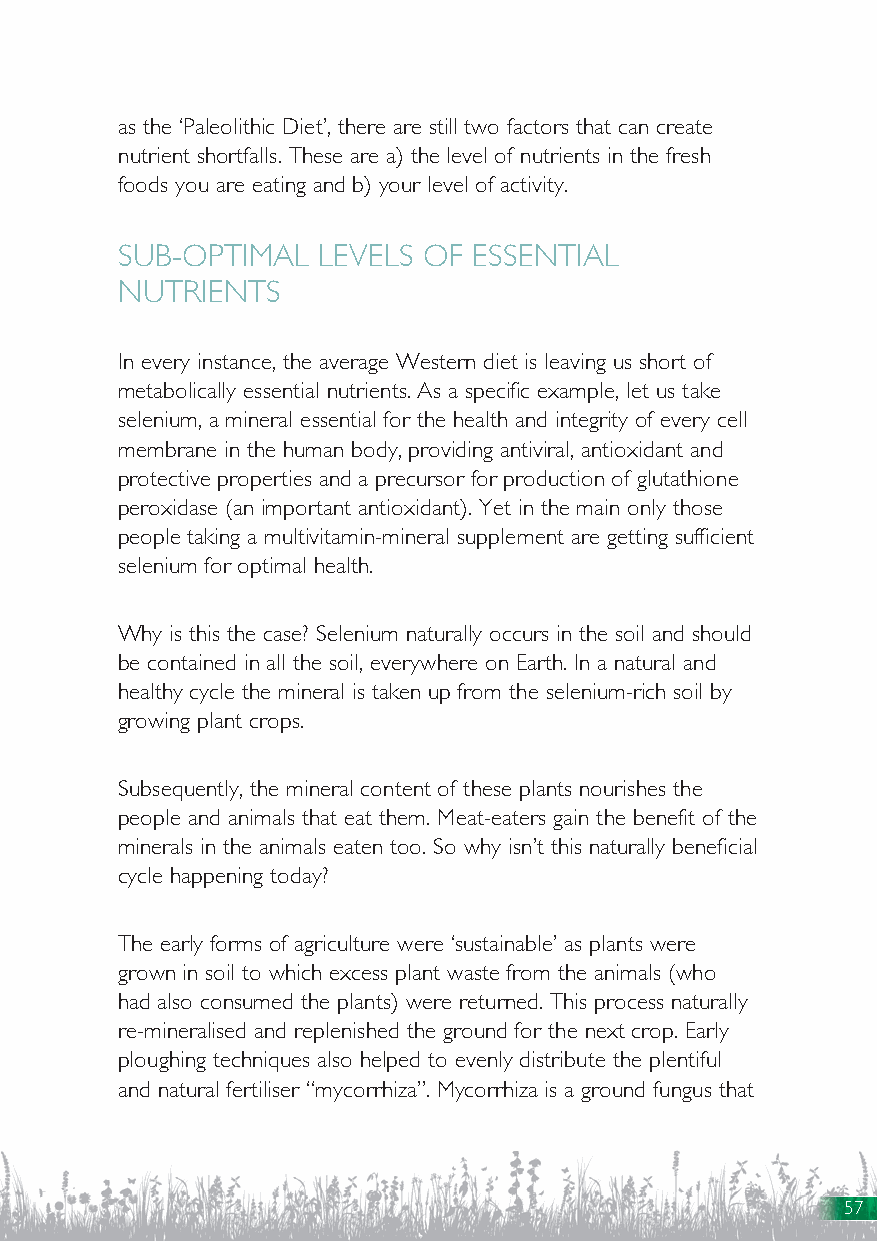
as the ‘Paleolithic Diet’, there are still two factors that can create
 nutrient shortfalls. These are a) the level of nutrients in the fresh
 foods you are eating and b) your level of activity.
 SUB-OPTIMAL  LEVELS OF ESSENTIAL
 NUTRIENTS
 In every instance, the average Western diet is leaving us short of
 metabolically essential nutrients. As a specific example, let us take
 selenium, a mineral essential for the health and integrity of every cell
 membrane in the human body, providing antiviral, antioxidant and
 protective properties and a precursor for production of glutathione
 peroxidase (an important antioxidant). Yet in the main only those
 people taking a multivitamin-mineral supplement are getting sufficient
 selenium for optimal health.
 Why is this the case? Selenium naturally occurs in the soil and should
 be contained in all the soil, everywhere on Earth. In a natural and
 healthy cycle the mineral is taken up from the selenium-rich soil by
 growing plant crops.
 Subsequently, the mineral content of these plants nourishes the
 people and animals that eat them. Meat-eaters gain the benefit of the
 minerals in the animals eaten too. So why isn’t this naturally beneficial
 cycle happening today?
 The early forms of agriculture were ‘sustainable’ as plants were
 grown in soil to which excess plant waste from the animals (who
 had also consumed the plants) were returned. This process naturally
 re-mineralised and replenished the ground for the next crop. Early
 ploughing techniques also helped to evenly distribute the plentiful
 and natural fertiliser “mycorrhiza”. Mycorrhiza is a ground fungus that
 57